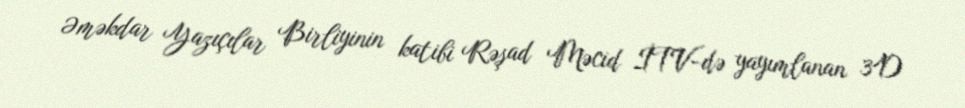
Əməkdar Yazıçılar Birliyinin katibi Rəşad Məcid İTV-də yayımlanan 3D